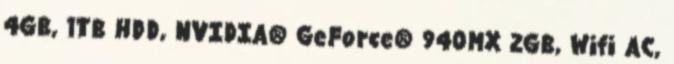
4GB, 1TB HDD, NVIDIA® GeForce® 940MX 2GB, Wifi AC,